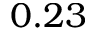
0 . 2 3